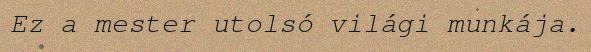
Ez a mester utolsó világi munkája.